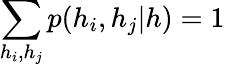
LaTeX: \sum_{h_{i},h_{j}}p(h_{i},h_{j}|h)=1